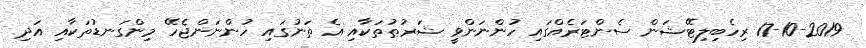
17-10-2019 ރިހެބިލިޓޭޝަން ސެންޓަރެއްގައި ހުންނަންވީ ޝަރުޠުތަކާއި އެ ތަނުގައި ހުންނަންޖެހޭ މިންގަނޑުތަކާއި އަދި